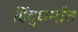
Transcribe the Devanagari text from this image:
हिंदुधर्मात